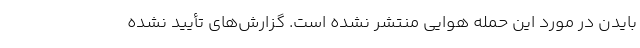
بایدن در مورد این حمله هوایی منتشر نشده است. گزارش‌های تأیید نشده